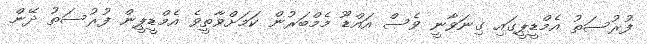
ފުރުސަތު އެމްޑީޕީގައި ގިނަވާނީ ވެސް އައްޑޫ މެމްބަރުން ކަމަށްވާތީވެ އެމްޑީޕީން ފުރުސަތު ދޭން